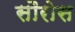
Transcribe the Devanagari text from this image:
सौरोस